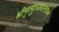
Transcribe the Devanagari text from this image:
श्रीमृत्युञ्जयस्तोत्रम्